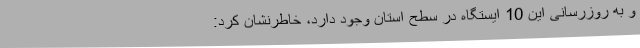
و به روزرسانی این 10 ایستگاه در سطح استان وجود دارد، خاطرنشان کرد: